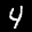
Label: 4